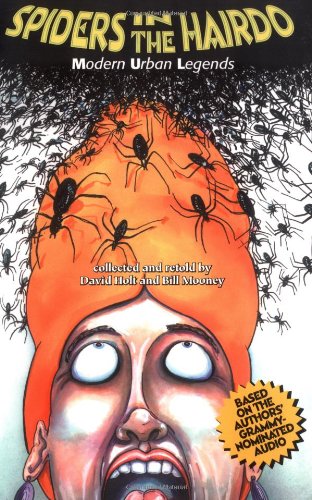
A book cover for Spiders in the Hairdo: Modern Urban Legends; David Holt; Humor & Entertainment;